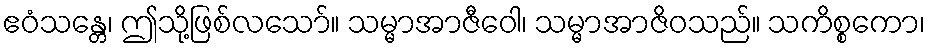
ဧဝံသန္တေ၊ ဤသို့ဖြစ်လသော်။ သမ္မာအာဇီဝေါ၊ သမ္မာအာဇိဝသည်။ သကိစ္စကော၊